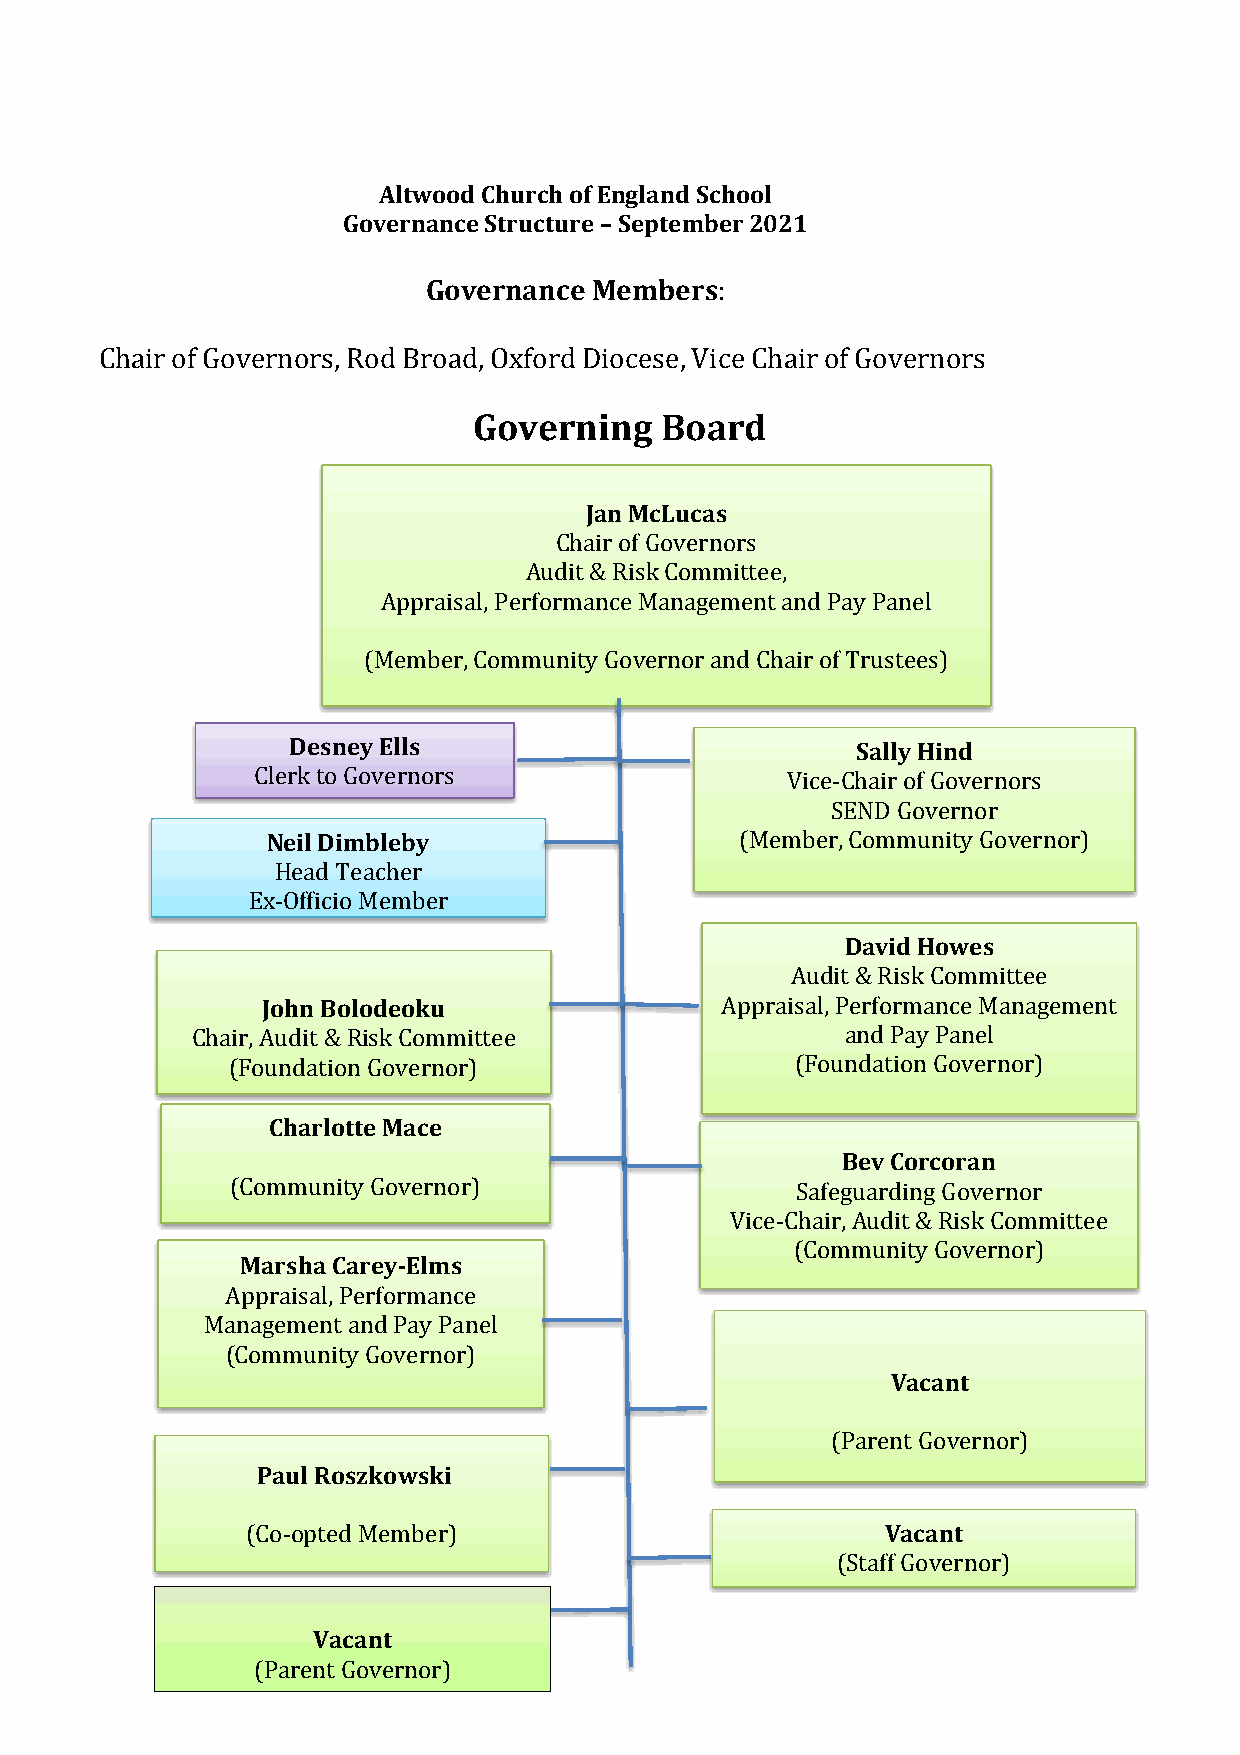
Altwood Church of England School
 Governance Structure – September 2021
 Governance Members:
 Chair of Governors, Rod Broad, Oxford Diocese, Vice Chair of Governors
 Governing    Board
 Jan McLucas
 Chair of Governors
 Audit & Risk Committee,
 Appraisal, Performance Management and Pay Panel
 (Member, Community Governor and Chair of Trustees)
 Desney Ells                           Sally Hind
 Clerk to Governors                 Vice-Chair of Governors
 SEND Governor
 Neil Dimbleby                  (Member, Community Governor)
 Head Teacher
 Ex-Officio Member
 David Howes
 Audit & Risk Committee
 John Bolodeoku                 Appraisal, Performance Management
 Chair, Audit & Risk Committee              and Pay Panel
 (Foundation Governor)                 (Foundation Governor)
 Charlotte Mace
 (Fou Bn ed va t Cio on
 r
 cG oo rv ae nr nor)
 (Community Governor)                  Safeguardin g Governor
 Vice-Chair, Audit & Risk Committee
 (Community Governor)
 Marsha Carey-Elms
 Appraisal, Performance
 Management and Pay Panel
 (Community Governor)
 Vacant
 (Parent Governor)
 Paul Roszkowski
 (Co-opted Member)                          Vacant
 (Staff Governor)
 (Staff Governor)
 Vacant
 (Parent Governor)